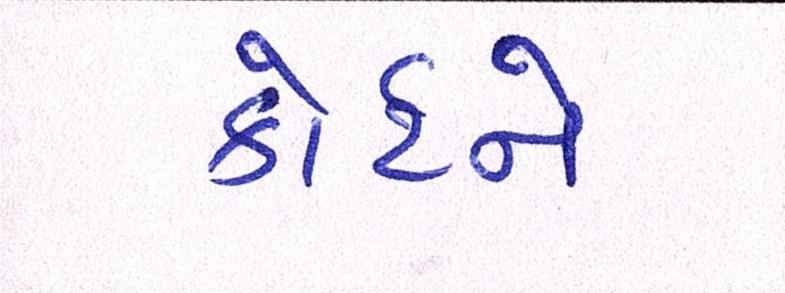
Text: કોર્ટને